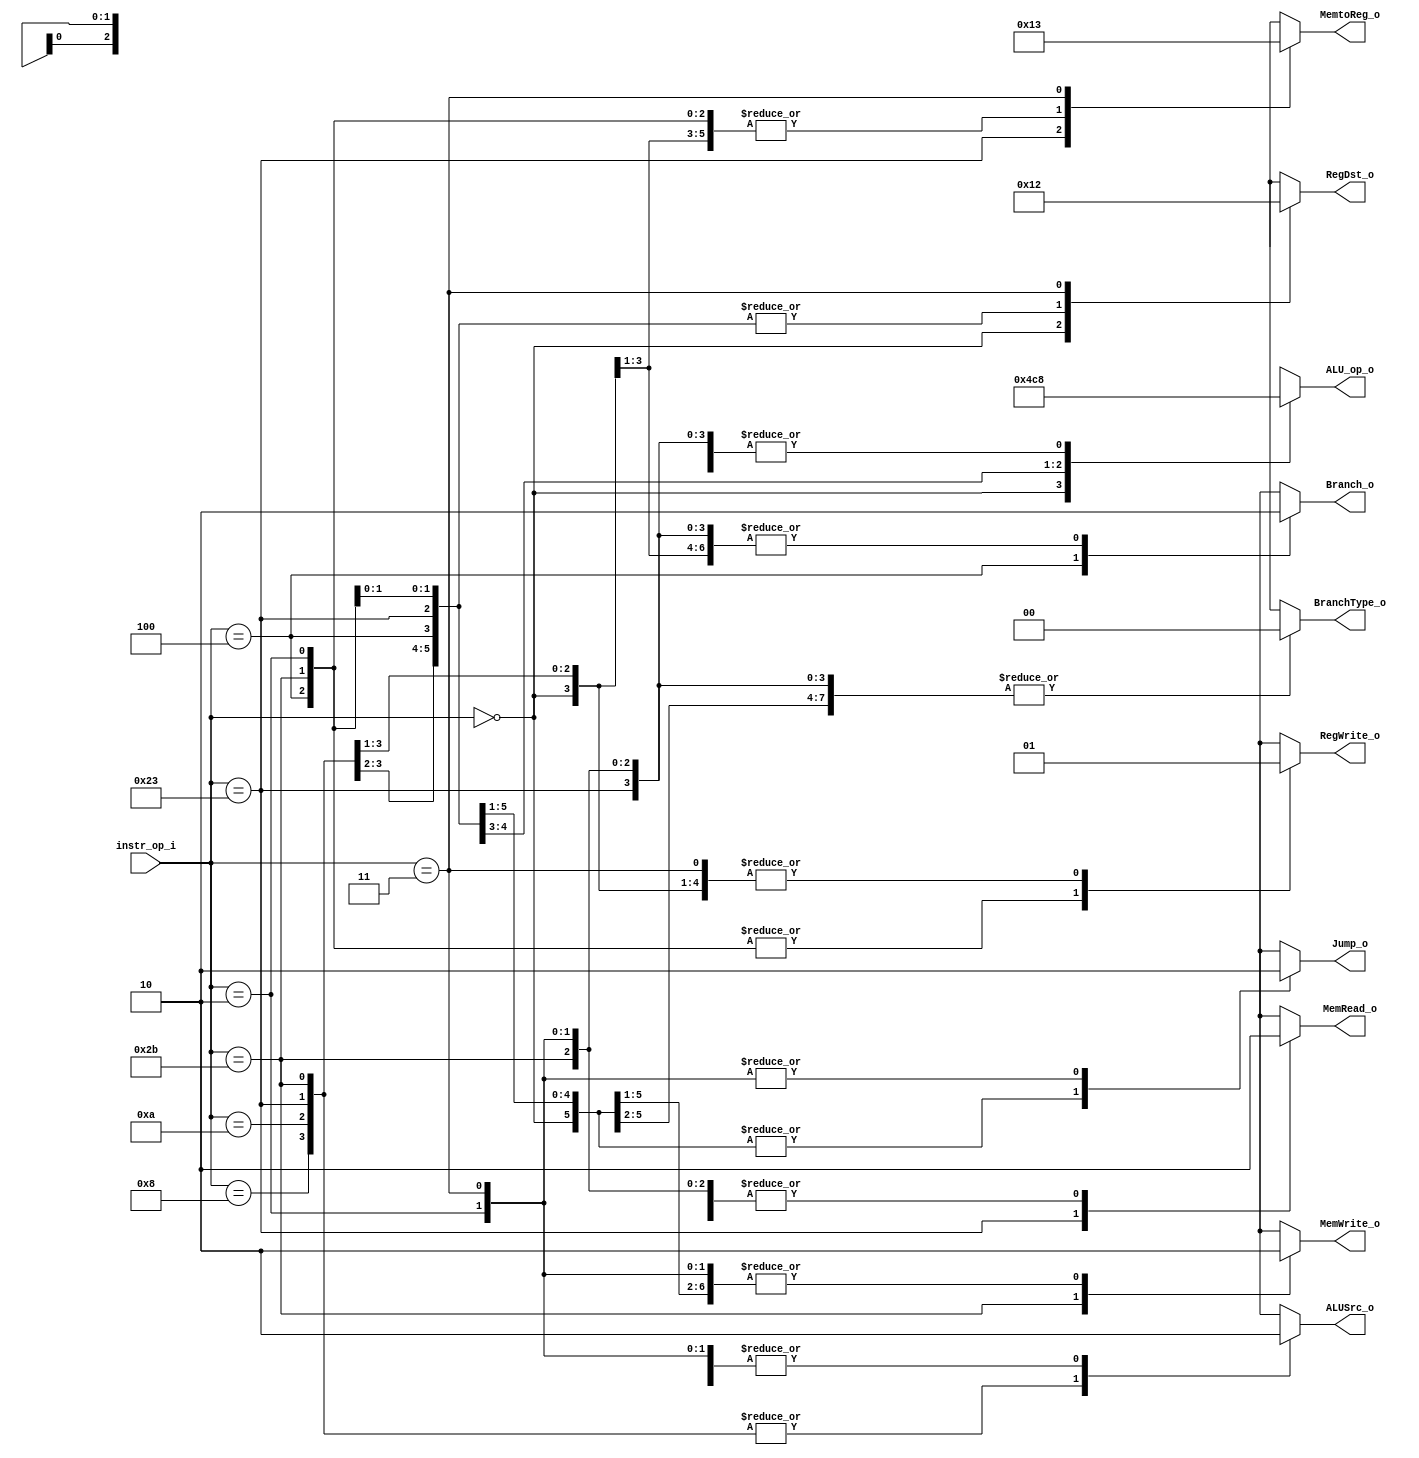
// 110550108
//Subject:     CO project 2 - Decoder
//--------------------------------------------------------------------------------
//Version:     1
//--------------------------------------------------------------------------------
//Writer:      
//----------------------------------------------
//Date:        
//----------------------------------------------
//Description: 
//--------------------------------------------------------------------------------

module Decoder(
    instr_op_i,
	RegWrite_o,
	ALU_op_o,
	ALUSrc_o,
	RegDst_o,
	Branch_o,
	Jump_o,
	MemRead_o,
	MemWrite_o,
	MemtoReg_o,
	BranchType_o
	);

//I/O ports
input  [6-1:0] instr_op_i;

output         RegWrite_o;
output [3-1:0] ALU_op_o;
output         ALUSrc_o;
output [2-1:0] RegDst_o;
output         Branch_o;
output 		   Jump_o;
output		   MemRead_o;
output		   MemWrite_o;
output [2-1:0] MemtoReg_o;
output [2-1:0] BranchType_o;

//Internal Signals
reg    [3-1:0] ALU_op_o;
reg            ALUSrc_o;
reg            RegWrite_o;
reg    [2-1:0] RegDst_o;
reg            Branch_o;
reg    		   Jump_o;
reg		       MemRead_o;
reg		       MemWrite_o;
reg    [2-1:0] MemtoReg_o;
reg    [2-1:0] BranchType_o;

//Main function
always @(instr_op_i) begin
	case (instr_op_i)	 
		6'b000000: begin	// r-format(add, sub, and, or, slt, jr)
			RegWrite_o <= 1'b1;
			ALU_op_o <= 3'b010;
			ALUSrc_o <= 1'b0;
			RegDst_o <= 2'b01;
			Branch_o <= 1'b0;

			Jump_o <= 1'b1;
			MemRead_o <= 1'b0;
			MemWrite_o <= 1'b0;
			MemtoReg_o <= 2'b00;
			BranchType_o <= 2'b00;
			end
		6'b001000: begin	// addi
			RegWrite_o <= 1'b1;
			ALU_op_o <= 3'b000;  
			ALUSrc_o <= 1'b1; 
			RegDst_o <= 2'b00; 
			Branch_o <= 1'b0;

			Jump_o <= 1'b1;
			MemRead_o <= 1'b0;
			MemWrite_o <= 1'b0;
			MemtoReg_o <= 2'b00;
			BranchType_o <= 2'b00;
		end
		6'b001010: begin	// slti
			RegWrite_o <= 1'b1;
			ALU_op_o <= 3'b011;  
			ALUSrc_o <= 1'b1; 
			RegDst_o <= 2'b00; 
			Branch_o <= 1'b0;

			Jump_o <= 1'b1;
			MemRead_o <= 1'b0;
			MemWrite_o <= 1'b0;
			MemtoReg_o <= 2'b00;
			BranchType_o <= 2'b00;
		end
		6'b000100: begin	// beq
			RegWrite_o <= 1'b0;
			ALU_op_o <= 3'b001;  
			ALUSrc_o <= 1'b0; 
			RegDst_o <= 2'b00;
			Branch_o <= 1'b1;

			Jump_o <= 1'b1;
			MemRead_o <= 1'b0;
			MemWrite_o <= 1'b0;
			MemtoReg_o <= 2'b00;
			BranchType_o <= 2'b00;
		end
		6'b100011: begin	// lw
			RegWrite_o <= 1'b1;
			ALU_op_o <= 3'b000;  
			ALUSrc_o <= 1'b1; 
			RegDst_o <= 2'b00; 
			Branch_o <= 1'b0; 

			Jump_o <= 1'b1;
			MemRead_o <= 1'b1;
			MemWrite_o <= 1'b0;
			MemtoReg_o <= 2'b01;
			BranchType_o <= 2'b00;
		end
		6'b101011: begin	// sw
			RegWrite_o <= 1'b0;
			ALU_op_o <= 3'b000;  
			ALUSrc_o <= 1'b1; 
			RegDst_o <= 2'b00;
			Branch_o <= 1'b0; 

			Jump_o <= 1'b1;
			MemRead_o <= 1'b0;
			MemWrite_o <= 1'b1;
			MemtoReg_o <= 2'b00;
			BranchType_o <= 2'b00;
		end
		6'b000010: begin	// jump
			RegWrite_o <= 1'b0;
			ALU_op_o <= 3'b000;
			ALUSrc_o <= 1'b0;
			RegDst_o <= 2'b00;
			Branch_o <= 1'b0;

			Jump_o <= 1'b0;
			MemRead_o <= 1'b0;
			MemWrite_o <= 1'b0;
			MemtoReg_o <= 2'b00;
			BranchType_o <= 2'b00;
		end
		6'b000011: begin	// jal
			RegWrite_o <= 1'b1;
			ALU_op_o <= 3'b000;
			ALUSrc_o <= 1'b0;
			RegDst_o <= 2'b10;
			Branch_o <= 1'b0;

			Jump_o <= 1'b0;
			MemRead_o <= 1'b0;
			MemWrite_o <= 1'b0;
			MemtoReg_o <= 2'b11;
			BranchType_o <= 2'b00;
		end
		default: begin
			{RegWrite_o, ALU_op_o, ALUSrc_o, RegDst_o, Branch_o} <= 8'bxxxxxxxx;
			{Jump_o, MemRead_o, MemWrite_o, MemtoReg_o, BranchType_o} <= 7'bxxxxxxx;
		end
	endcase
end

endmodule